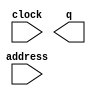
module memoryROM (
	address,
	clock,
	q);

	input	[4:0]  address;
	input	  clock;
	output	[15:0]  q;
`ifndef ALTERA_RESERVED_QIS
// synopsys translate_off
`endif
	tri1	  clock;
`ifndef ALTERA_RESERVED_QIS
// synopsys translate_on
`endif

endmodule